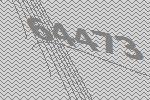
64473